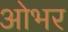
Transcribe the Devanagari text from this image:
ओभर